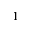
1